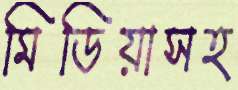
মিডিয়াসহ